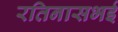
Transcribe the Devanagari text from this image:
रतिनासभई